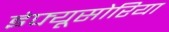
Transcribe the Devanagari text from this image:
इंफ्यूसोरिया